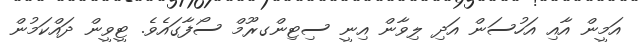
އަމީން އާއި އަހުސަން އަދި ލިވާން އިނީ ސިޓިންގރޫމް ސޯފާގައެވެ. ޓީވީން ދައްކަމުން